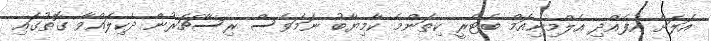
އަލަށް އުފެއްދި އެލްމިނިއަމް ބެޓެރީ ކިތަންމެ ކާމިޔާބު ނަމަވެސް ރިސާޗަރުން ދެކިލައްވާ ގޮތުގައި